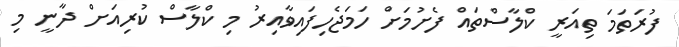
ފުރަތަމަ ތިއަރީ ކްލާސްތައް ފެށުމަށް ހަމަޖެހިފައިވާއިރު މި ކްލާސް ކުރިއަށް ދާނީ މި